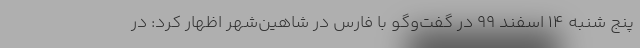
پنج شنبه 14 اسفند 99 در گفت‌وگو با فارس در شاهین‌شهر اظهار کرد: در